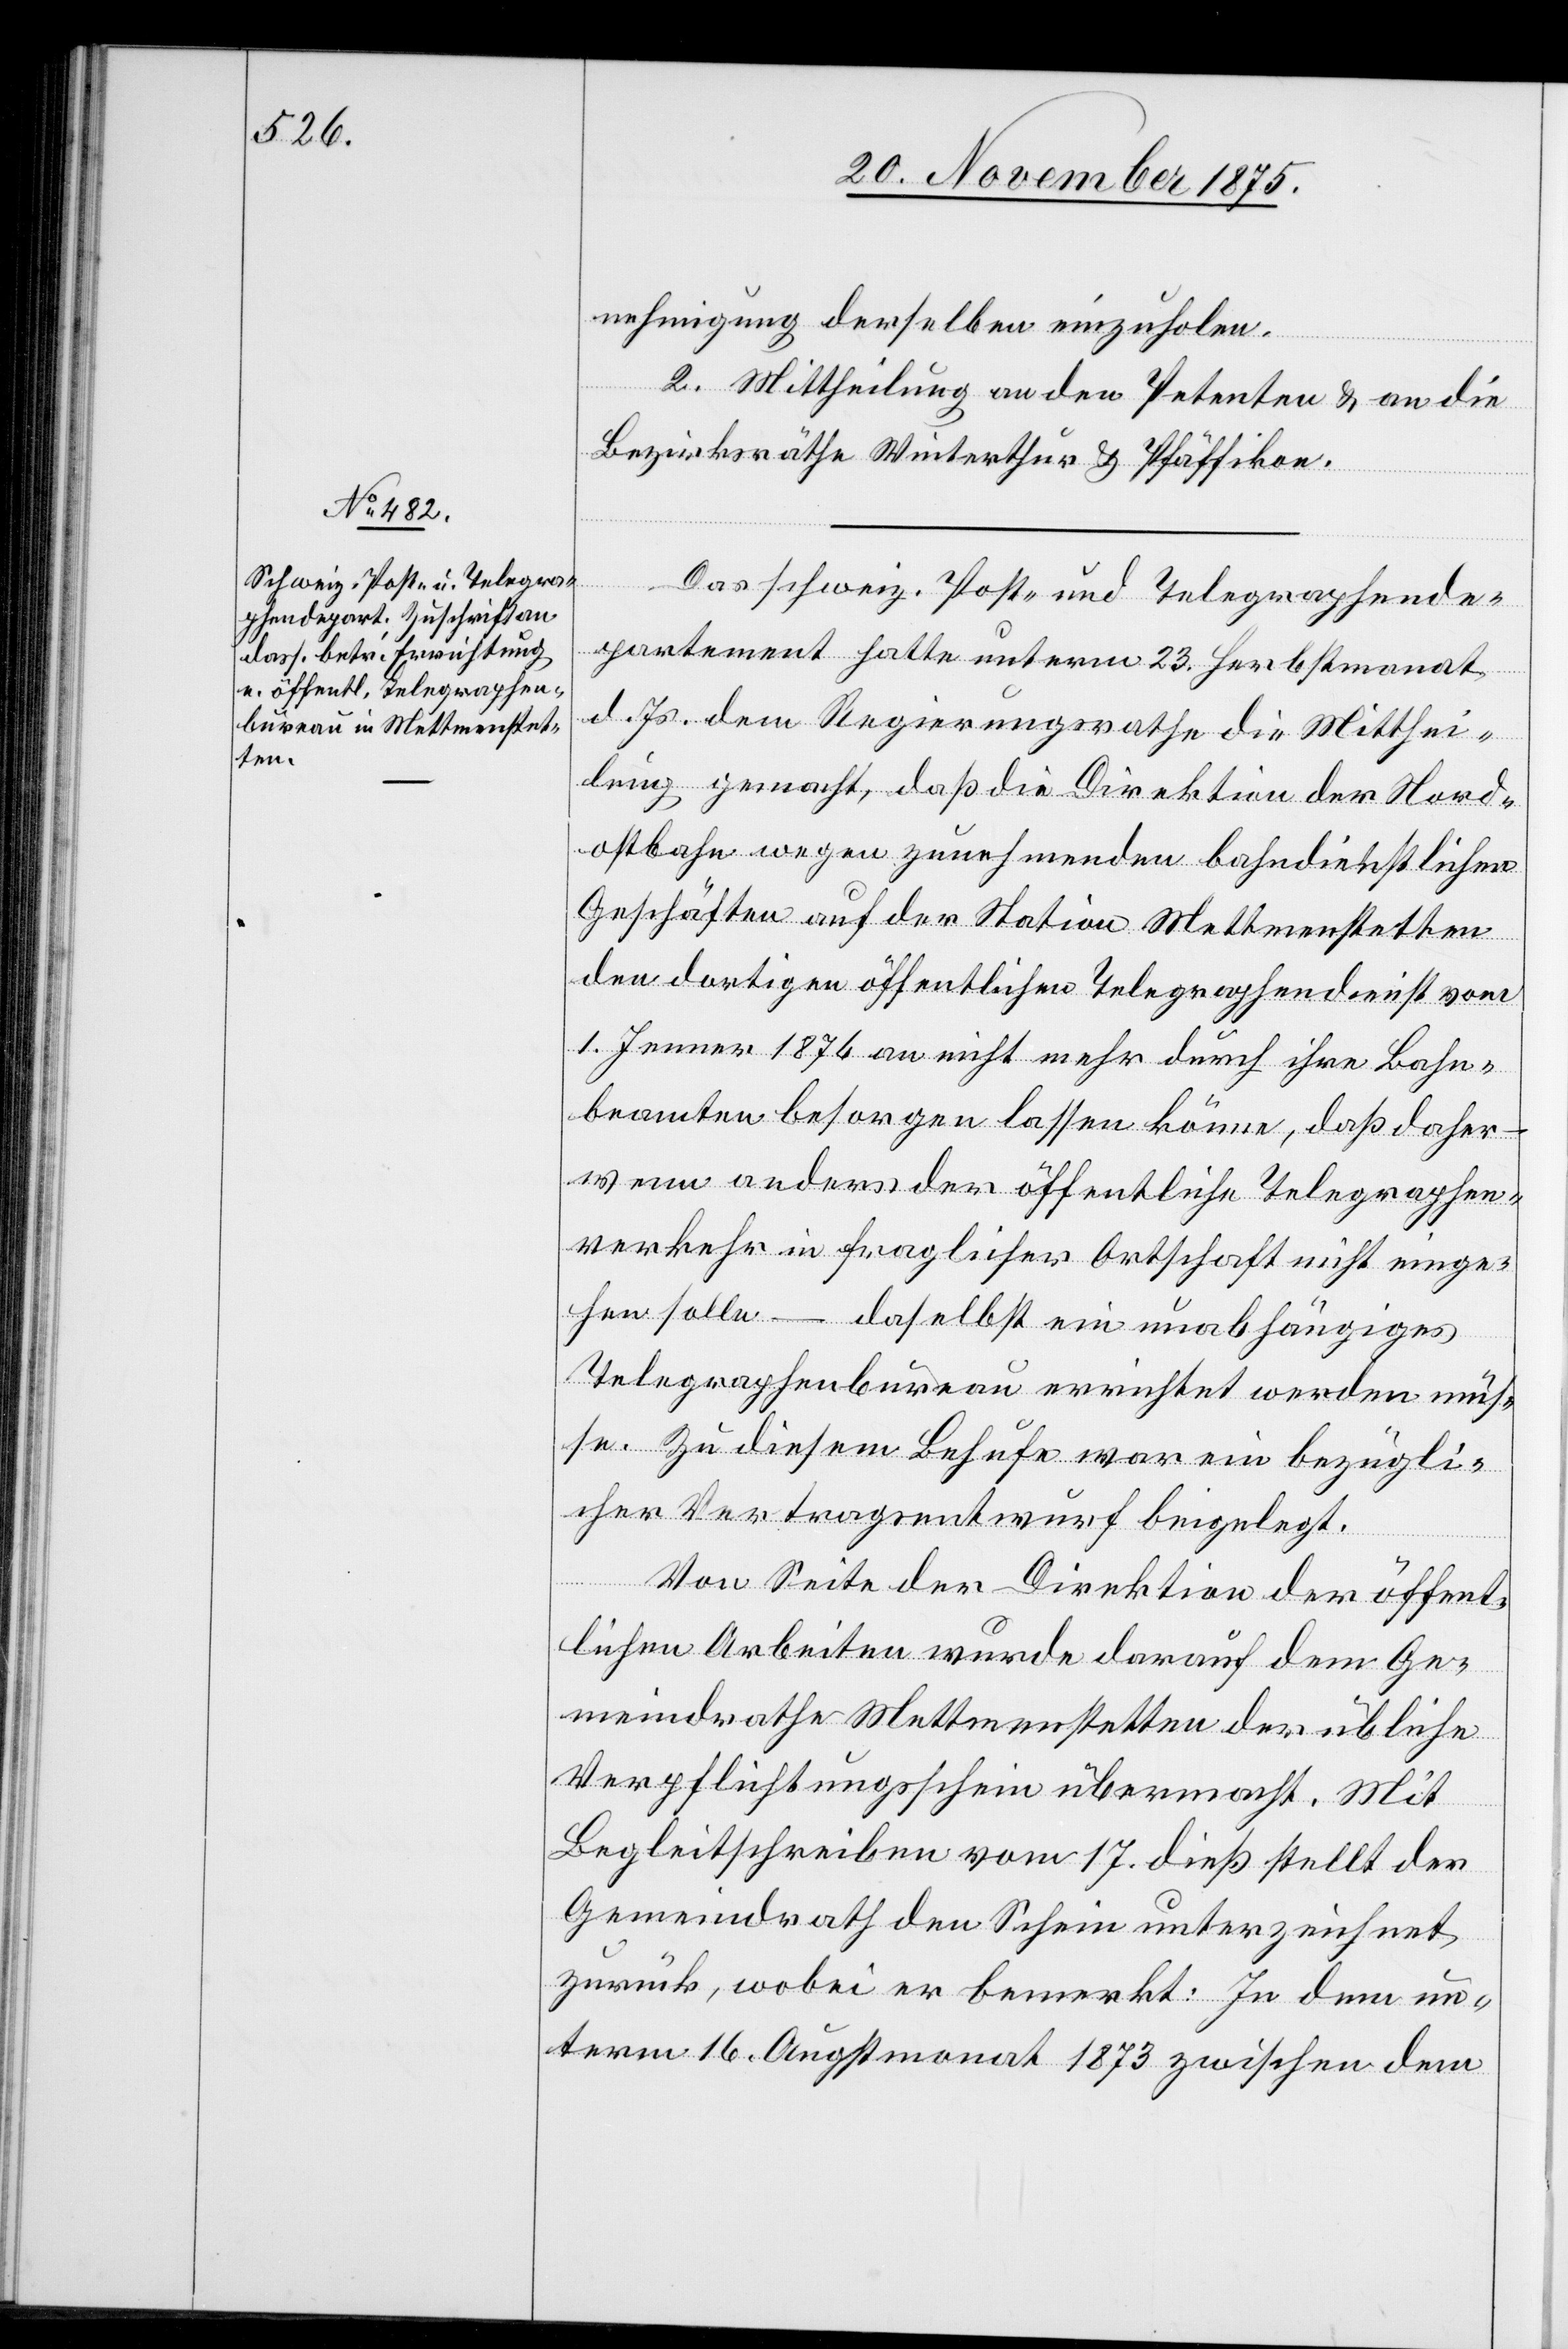
nehmigung derselben einzuholen.
2. Mittheilung an den Petenten & an die
Bezirksräthe Winterthur & Pfäffikon.
Das schweiz. Post- und Telegraphende¬
partement hatte unterm 23. Herbstmonat
d. Js. dem Regierungsrathe die Mitthei¬
lung gemacht, daß die Direktion der Nord¬
ostbahn wegen zunehmenden bahndienstlichen
Geschäften auf der Station Mettmenstetten
den dortigen öffentlichen Telegraphendienst vom
1. Jenner 1876 an nicht mehr durch ihre Bahn¬
beamten besorgen lassen könne, daß daher –
wenn anders der öffentliche Telegraphen¬
verkehr in fraglicher Ortschaft nicht einge¬
hen solle – daselbst ein unabhängiges
Telegraphenbureau errichtet werden müs¬
se. Zu diesem Behufe war ein bezügli¬
cher Vertragsentwurf beigelegt.
Von Seite der Direktion der öffent¬
lichen Arbeiten wurde darauf dem Ge¬
meindrathe Mettmenstetten der übliche
Verpflichtungsschein übermacht. Mit
Begleitschreiben vom 17. dieß stellt der
Gemeindrath den Schein unterzeichnet
zurück, wobei er bemerkt: In dem un¬
term 16. Augstmonat 1873 zwischen dem